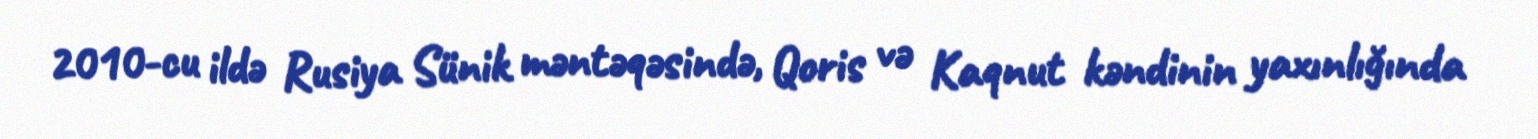
2010-cu ildə Rusiya Sünik məntəqəsində, Qoris və Kaqnut kəndinin yaxınlığında